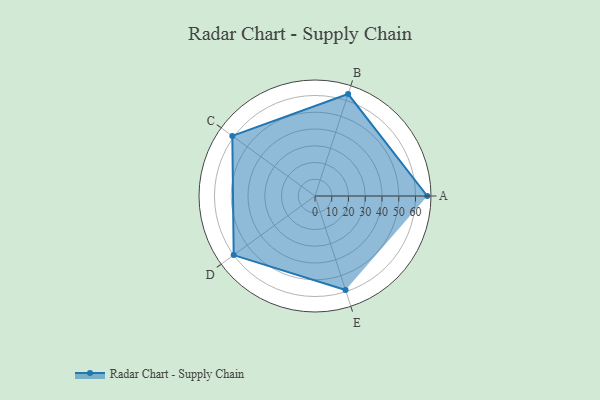
{"axis": {"x": "Skill", "y": "Score"}, "legend": ["Profile"], "data": [{"x": "A", "y": 67.0, "type": "Profile"}, {"x": "B", "y": 64.0, "type": "Profile"}, {"x": "C", "y": 61.0, "type": "Profile"}, {"x": "D", "y": 60.0, "type": "Profile"}, {"x": "E", "y": 59.0, "type": "Profile"}]}